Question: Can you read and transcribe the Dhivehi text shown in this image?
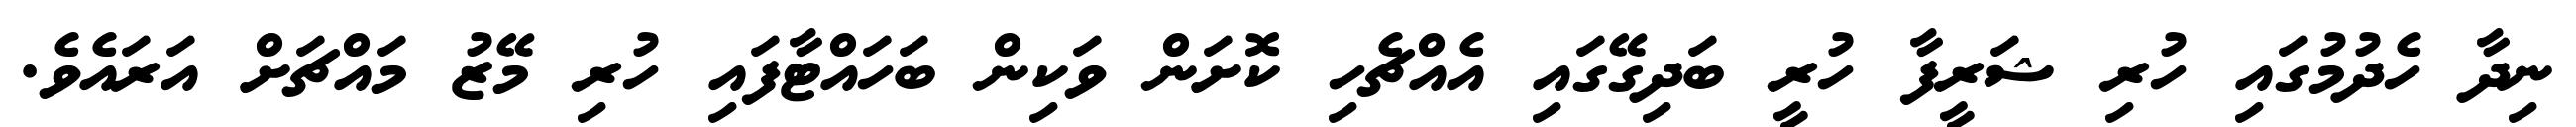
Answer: ނިދާ ހެދުމުގައި ހުރި ޝަރީފާ ހުރީ ބަދިގޭގައި އެއްޗެހި ކޮށަން ވަކިން ބަހައްޓާފައި ހުރި މޭޒު މައްޗަށް އަރައެވެ.